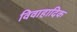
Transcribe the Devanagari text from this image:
विवाहादिक